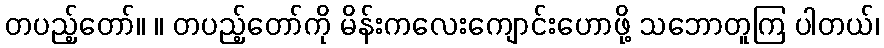
တပည့်တော်။ ။ တပည့်တော်ကို မိန်းကလေးကျောင်းဟောဖို့ သဘောတူကြ ပါတယ်၊